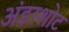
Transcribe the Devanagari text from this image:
अंडरशोट